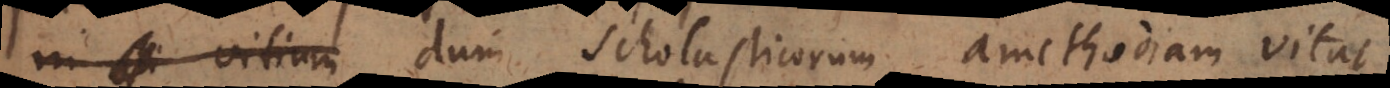
in vitium dum Scholasticorum amethodiam vitat,